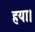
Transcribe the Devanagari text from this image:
हया।